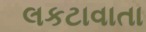
લકટાવાતા